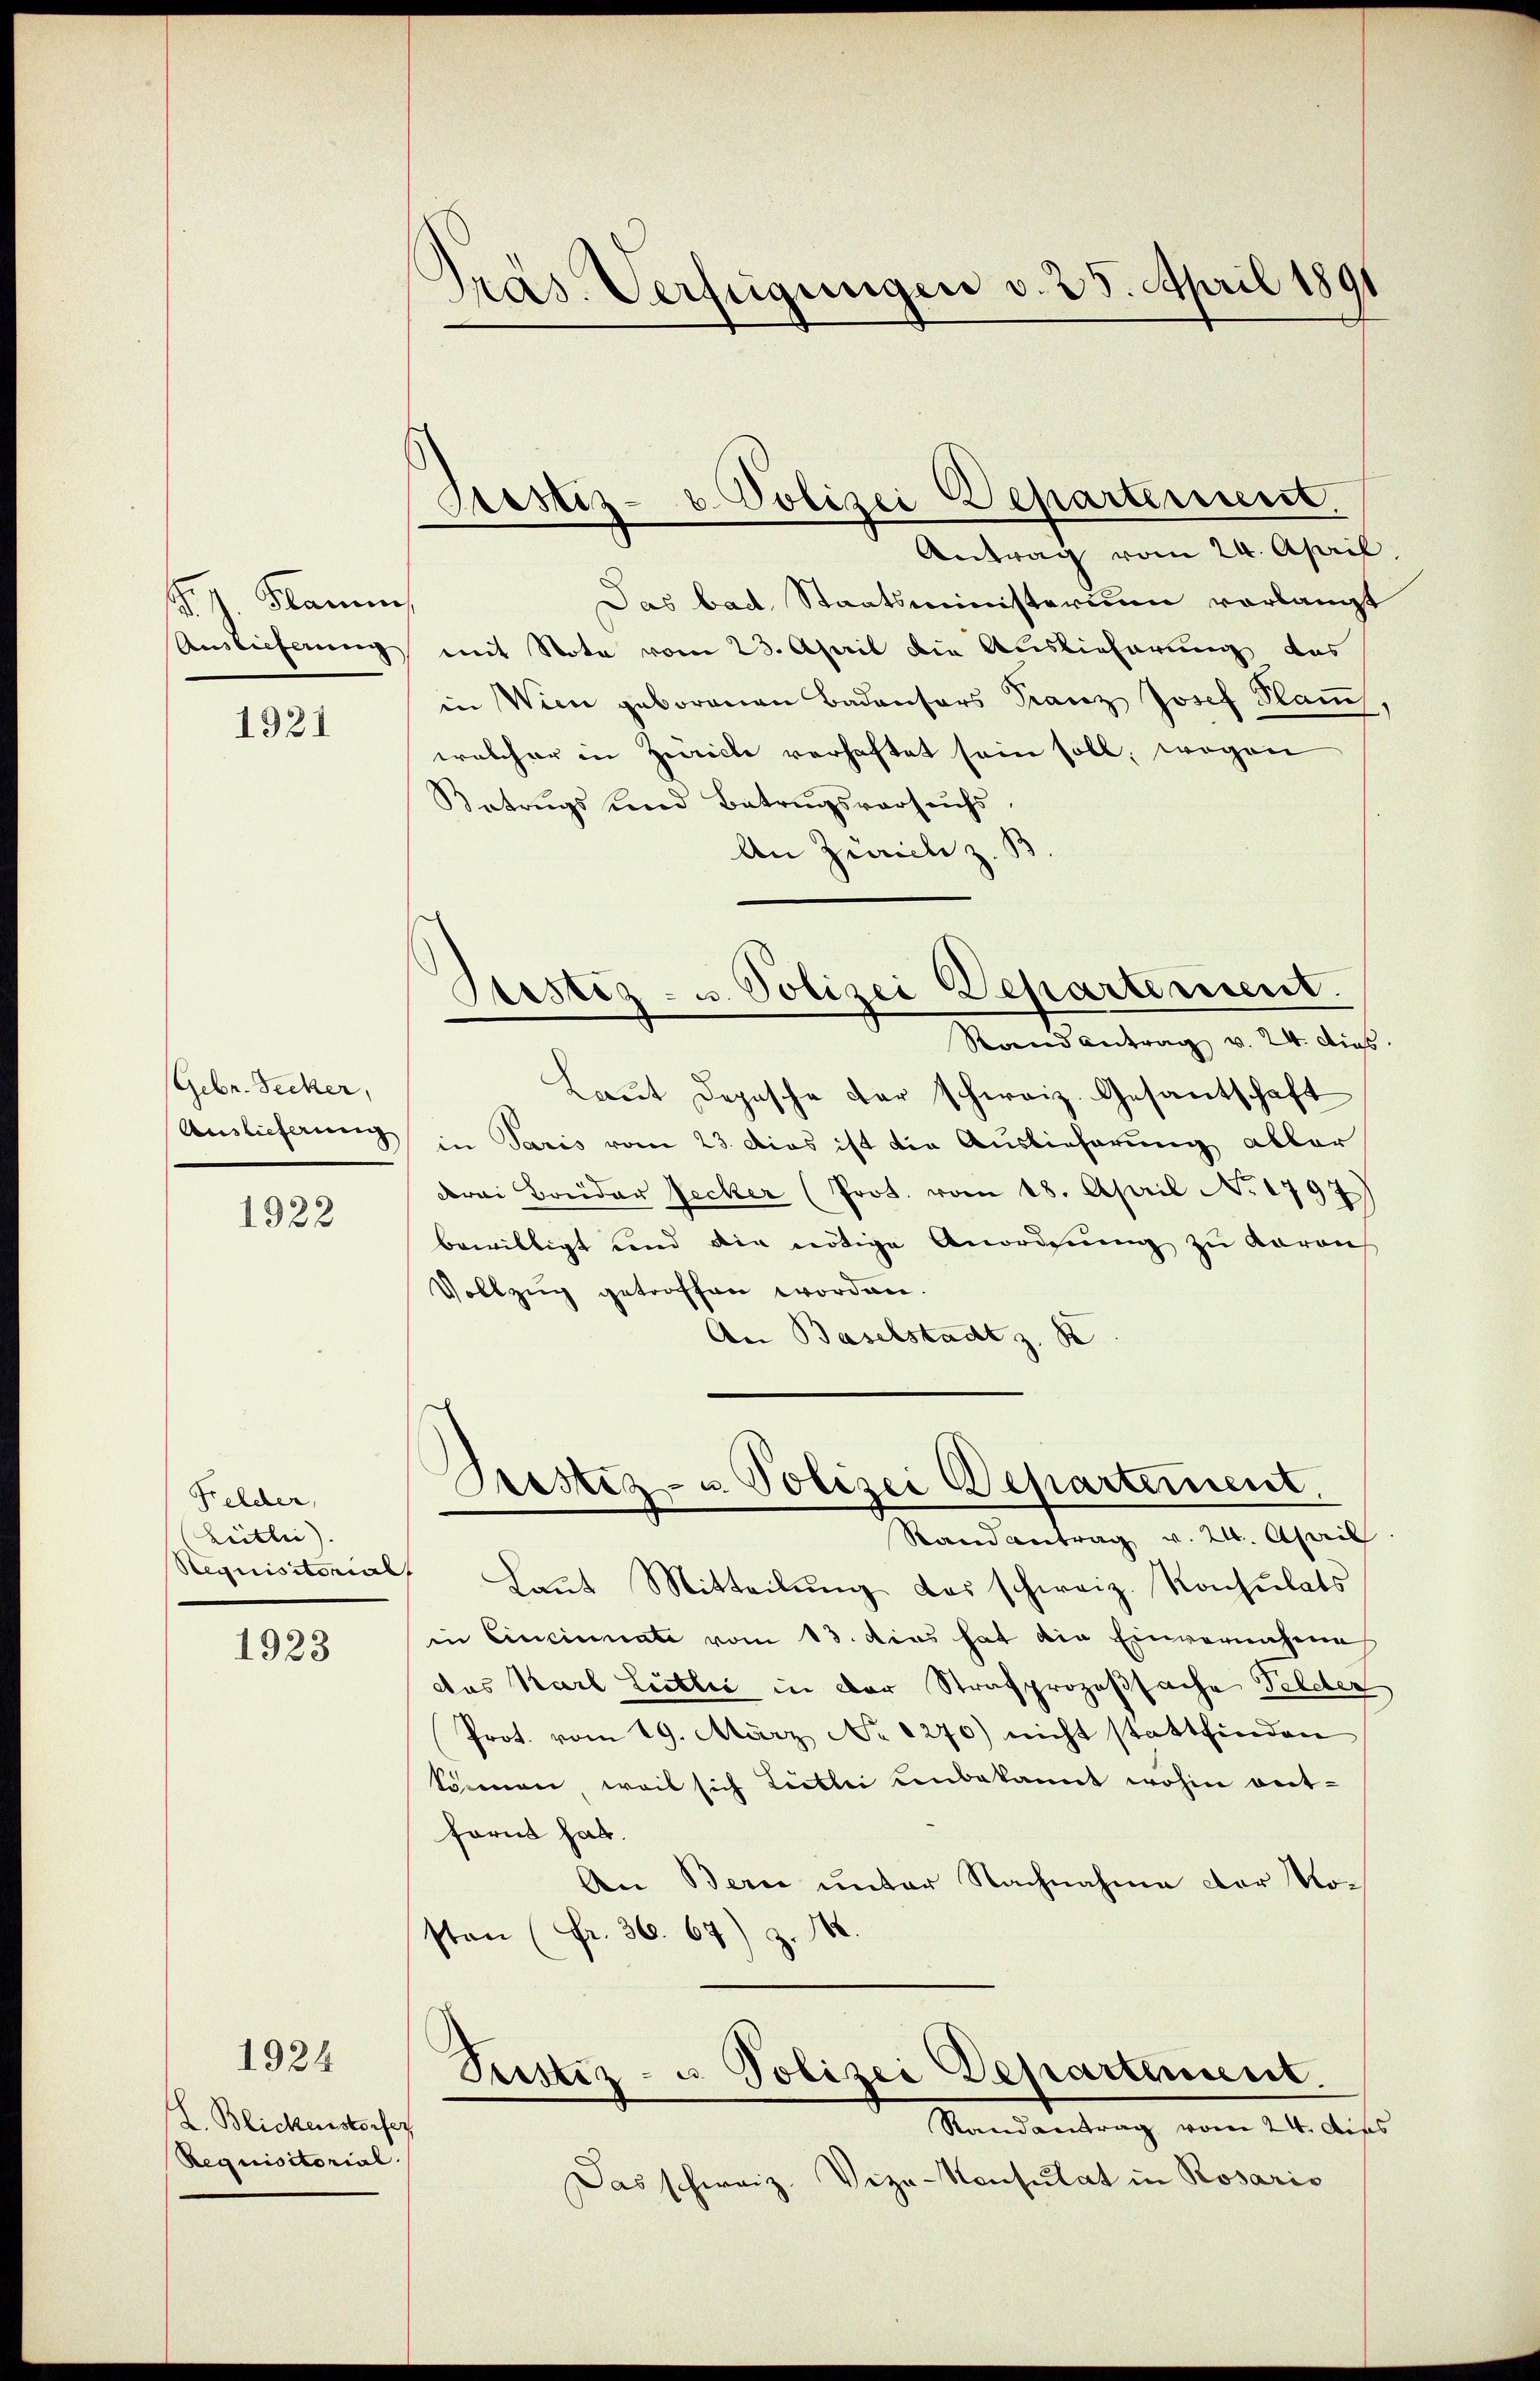
B. J. Kamm
Auslieferung

1921

Gebr. Secker,
Auslieferung

1922

Felcher,
Leitlei).
Stequisitorial

1923

1924

L. Blickenstorfer
Requisitorial.

Präs. Verfügungen v. 25. April 1891

Prostiz- u. Polizei Departement.

Antrag vom 24. April
Das bad. Staatsministerium vorlangt
mit Nota vom 23. April die Auslieferung das
in Wien geborenen Badensors Franz Josef Plauch,
welcher in Züricle verhaftet sein soll, wogen
Betrugs und Betrugsversuchs
An Zürich z. B
Bestiz- u. Polizei Departement.
Rand antrag v. 24. dies
Laut Depesche der schweiz. Gesantschaft
in Paris vom 23. Dies ist die Auslieferung abler
drei Brüder Recker (Prot. vom 18. April No 1797)
bewilligt und die nötige Anordnung zu daran
Vollzug getroffen worden.
An Baselstadt z. B

Grestiz- u. Polizei Departement.

Randantrag v. 24. April
Laut Mitteilung das schweiz. Konsulats
in Cincinate vom 13. dies hat die Einvernehme
das Karl Leitlić in der Strafprozeßsache Felder
Prot. vom 19. März No. 1270) nicht stattfinden
können, weil sich Liebei unbekannt wohin vert-
fornt hat.
An Bern unter Nachnahme der Nosten (Fr. 36. 67) z. B.
Tustiz- u. Polizei Departement.
Randantrag vom 24. Dies
Das schweiz. Vize-Konsulat in Rosaris